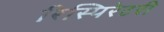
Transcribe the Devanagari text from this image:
रिस्पिरेटरी